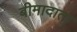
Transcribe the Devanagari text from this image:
बीमादाता